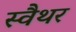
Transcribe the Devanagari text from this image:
स्वैथर